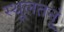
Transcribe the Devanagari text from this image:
स्थूलतनुं